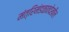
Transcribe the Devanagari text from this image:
मंत्रिमंडळातदेखील